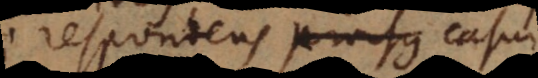
respondens prorsus satis